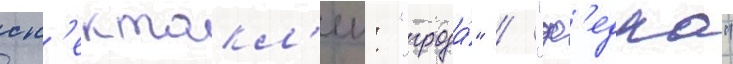
сп'ектакл'еи: "гроза́" / "ф'едра"